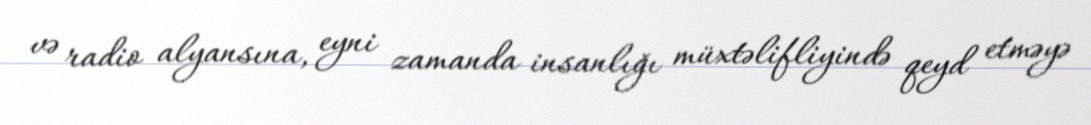
və radio alyansına, eyni zamanda insanlığı müxtəlifliyində qeyd etməyə